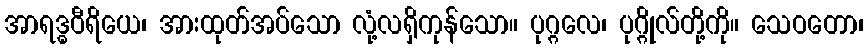
အာရဒ္ဓဝီရိယေ၊ အားထုတ်အပ်သော လုံ့လရှိကုန်သော။ ပုဂ္ဂလေ၊ ပုဂ္ဂိုလ်တို့ကို။ သေဝတော၊